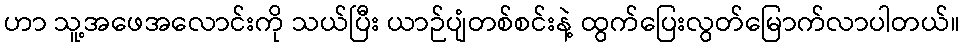
ဟာ သူ့အဖေအလောင်းကို သယ်ပြီး ယာဉ်ပျံတစ်စင်းနဲ့ ထွက်ပြေးလွတ်မြောက်လာပါတယ်။